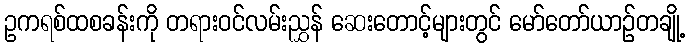
ဥကရစ်ထစခန်းကို တရားဝင်လမ်းညွှန် ဆေးတောင့်များတွင် မော်တော်ယာဉ်တချို့